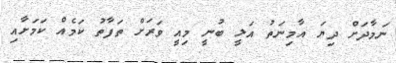
ނަމާދަށް ދިޔަ އާމިނަތު އަލީ ބުނީ މިއީ ވަރަށް ތަފާތު ކަމެއް ކަމަށާއި